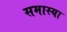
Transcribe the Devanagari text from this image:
समास्या